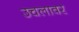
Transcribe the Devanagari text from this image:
उचलावर